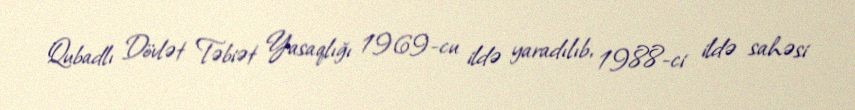
Qubadlı Dövlət Təbiət Yasaqlığı 1969-cu ildə yaradılıb, 1988-ci ildə sahəsi